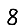
Digit: 8